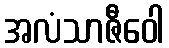
အလံသာဇီဝေါ